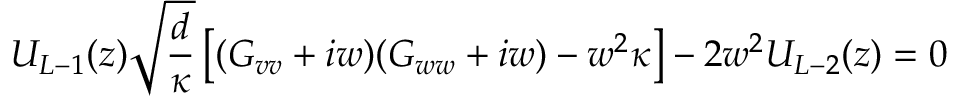
U _ { L - 1 } ( z ) \sqrt { \frac { d } { \kappa } } \left[ ( G _ { v v } + i w ) ( G _ { w w } + i w ) - w ^ { 2 } \kappa \right] - 2 w ^ { 2 } U _ { L - 2 } ( z ) = 0